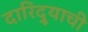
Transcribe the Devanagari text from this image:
दारिद्‌र्‍याची